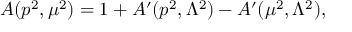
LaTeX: A ( p ^ { 2 } , \mu ^ { 2 } ) = 1 + A ^ { \prime } ( p ^ { 2 } , \Lambda ^ { 2 } ) - A ^ { \prime } ( \mu ^ { 2 } , \Lambda ^ { 2 } ) ,